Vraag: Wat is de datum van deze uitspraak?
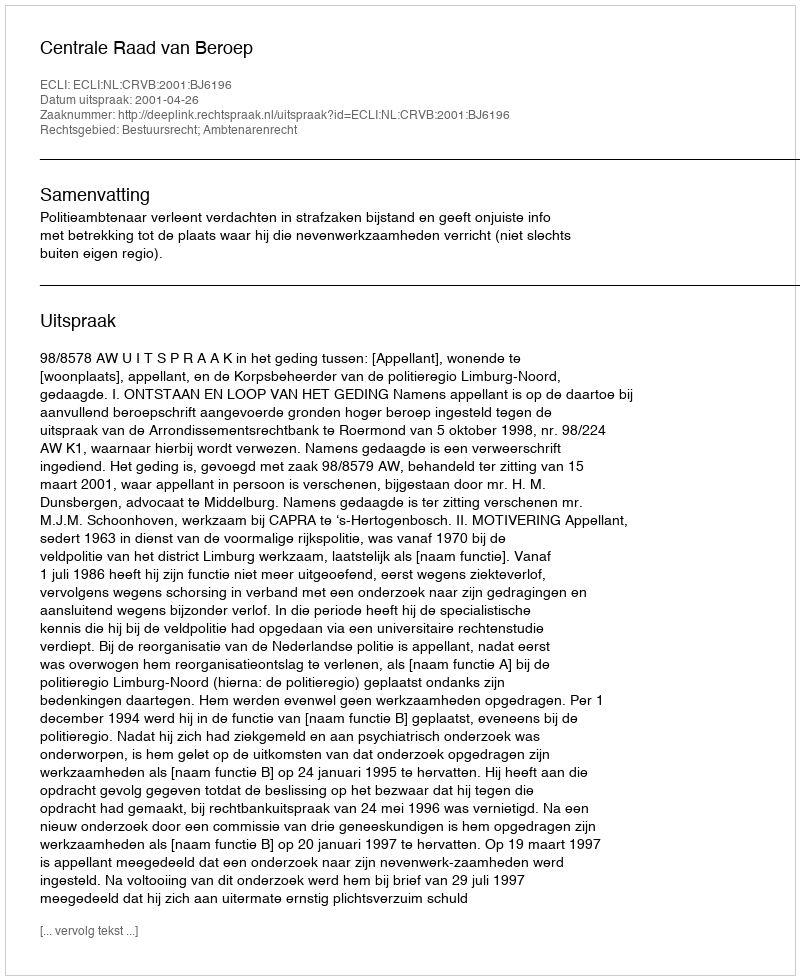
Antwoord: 2001-04-26